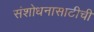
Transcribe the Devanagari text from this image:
संशोधनासाठीची